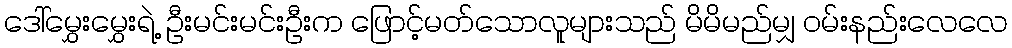
ဒေါ်မွှေးမွှေးရဲ့ ဦးမင်းမင်းဦးက ဖြောင့်မတ်သောလူများသည် မိမိမည်မျှ ဝမ်းနည်းလေလေ